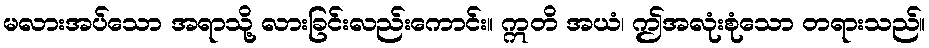
မလားအပ်သော အရာသို့ လားခြင်းလည်းကောင်း။ ဣတိ အယံ၊ ဤအလုံးစုံသော တရားသည်။